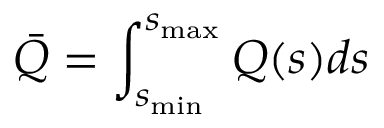
\bar { Q } = \int _ { s _ { \operatorname * { m i n } } } ^ { s _ { \operatorname * { m a x } } } Q ( s ) d s